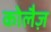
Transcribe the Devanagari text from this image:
कोलैज़